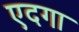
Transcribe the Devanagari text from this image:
एदगा